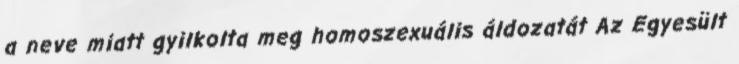
a neve miatt gyilkolta meg homoszexuális áldozatát Az Egyesült